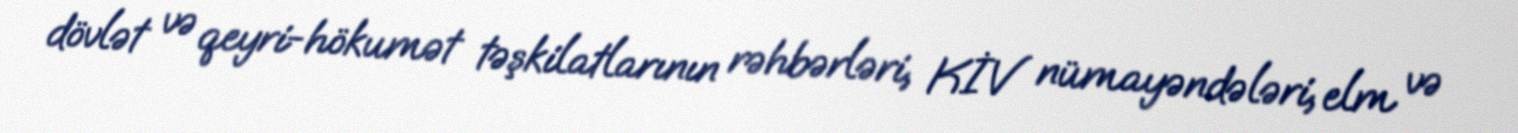
dövlət və qeyri-hökumət təşkilatlarının rəhbərləri, KİV nümayəndələri, elm və